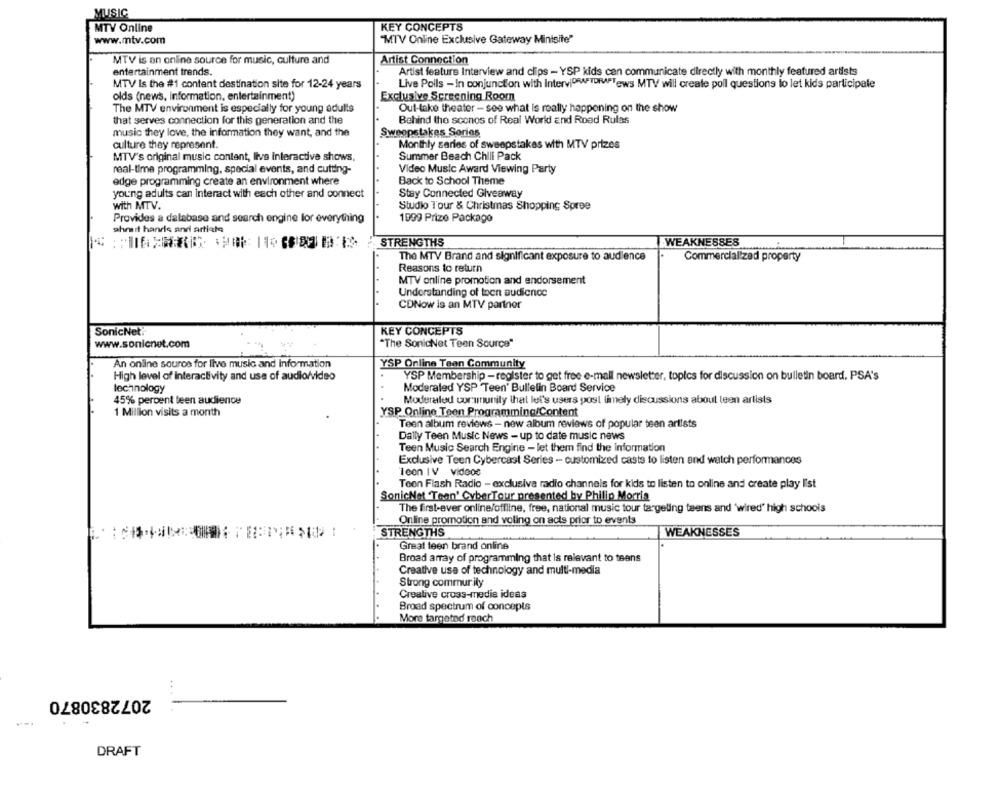
MUSIC
MTV Online
KEY CONCEPTS
www.mtv.com
"MTV Online Exclusive Gateway Minisite"
MTV is an online source for music, culture and
Artist Connection
entertainment trends.
Artist feature Interview and clips - YSP kids can communicate directly with monthly featured artists
MTV Is the #1 content destination site for 12-24 years
Live Poils - in conjunction with InterviDRAFTDRAFTews MTV will create poll questions to let kids participate
olds (news, Information, entertainment)
Exclusive Screening Room
The MTV environment is especially for young adults
Out-take theater - see what is really happening on the show
that serves connection for this generation and the
Behind the scenes of Real World and Road Rules
music they love, the information they want, and the
Sweepstakes Sories
culture they represent.
Monthly series of sweepstakes with MTV prizes
MTV's original music content, live interactive shows,
Summer Beach Chili Pack
real-time programming, special events, and cutting-
Video Music Award Viewing Party
edge programming create an environment where
Back to School Theme
young adults can interact with each other and connect
Stay Connected Giveaway
with MTV.
Studio Tour & Christmas Shopping Spree
Provides a database and search engine for everything
1999 Prize Packago
ghmit hands and artiale
If ARXI OF: | > STRENGTHS
WEAKNESSES
The MTV Brand and significant exposure to audience
Commercialized property
Reasons to return
MTV online promotion and endorsement
Understanding of toen audience
CDNow is an MTV partner
SonicNet:"
KEY CONCEPTS
www.sonicnet.com
"The SonicNet Teen Source"
An online source for live music and Information
YSP Online Tean Community
High level of interactivity and use of audio/video
YSP Membership - register to get free e-mail newsletter, topics for discussion on bulletin board. PSA's
lechnology
Moderaled YSP Teen' Bulletin Board Service
45% percent teen audience
Moderaled corununily thal let's users post limely discussions about leen artists
YSP Online Teen Programming/Content
1 Million visits a month
Teen album reviews - new album reviews of popular teen artists
Dally Teen Music News - up to date music news
Teen Music Search Engine - let them find the information
Exclusive Teen Cybercast Series - customized casts to listen and watch performances
leon IV Videos
Teen Flash Radio - exclusive radio channels for kids to listen to online and create play list
SonicNet "Tean' CyberTour presented by Philip Morris
The first-ever online/offline, free, national music tour targeting teens and 'wired" high schools
Online promotion and voling on acts prior to events
STRENGTHS
WEAKNESSES
Great teen brand online
Broad array of programming that is relevant to teens
Creative use of technology and multi-media
Strong commur ity
Creative cross-media ideas
Broad spectrum of concepts
More targeted reach
2072830870
DRAFT